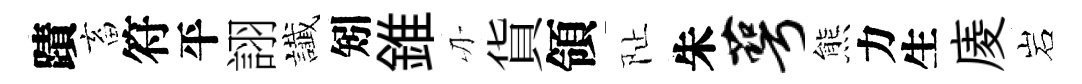
蹟畜符平詡䜟矧錐刃貨領阯朱萼熊力生庱岩